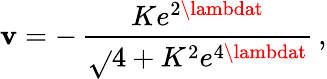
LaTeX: \mathbf{v}=-\, \frac{{Ke^{2\lambdat}}}{{\sqrt{}{{4+K^{2}e^{4\lambdat}}}}}\, ,